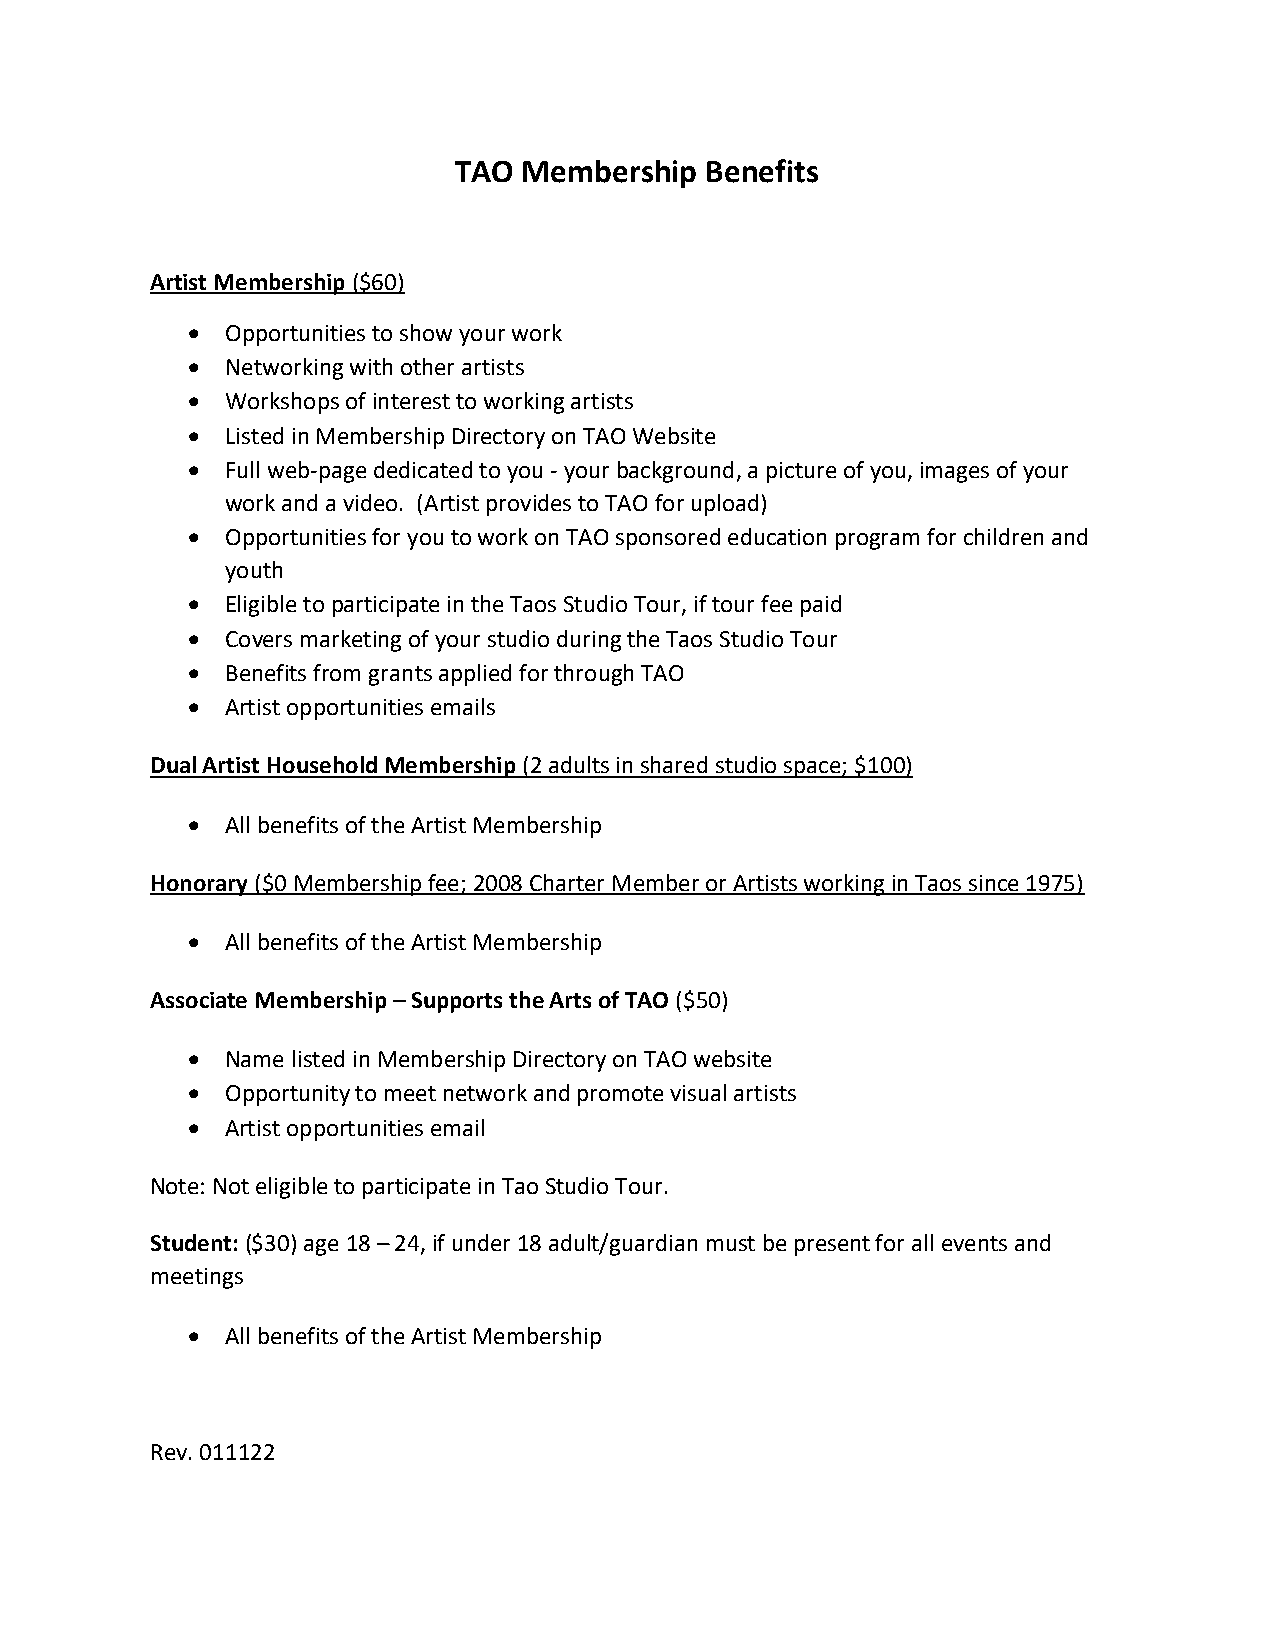
TAO  Membership  Benefits
 Artist Membership ($60)
 •  Opportunities to show your work
 •  Networking with other artists
 •  Workshops of interest to working artists
 •  Listed in Membership Directory on TAO Website
 •  Full web-page dedicated to you - your background, a picture of you, images of your
 work and a video. (Artist provides to TAO for upload)
 •  Opportunities for you to work on TAO sponsored education program for children and
 youth
 •  Eligible to participate in the Taos Studio Tour, if tour fee paid
 •  Covers marketing of your studio during the Taos Studio Tour
 •  Benefits from grants applied for through TAO
 •  Artist opportunities emails
 Dual Artist Household Membership (2 adults in shared studio space; $100)
 •  All benefits of the Artist Membership
 Honorary ($0 Membership fee; 2008 Charter Member or Artists working in Taos since 1975)
 •  All benefits of the Artist Membership
 Associate Membership – Supports the Arts of TAO ($50)
 •  Name listed in Membership Directory on TAO website
 •  Opportunity to meet network and promote visual artists
 •  Artist opportunities email
 Note: Not eligible to participate in Tao Studio Tour.
 Student: ($30) age 18 – 24, if under 18 adult/guardian must be present for all events and
 meetings
 •  All benefits of the Artist Membership
 Rev. 011122